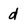
Character: d